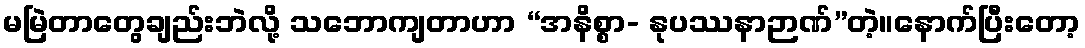
မမြဲတာတွေချည်းဘဲလို့ သဘောကျတာဟာ “အနိစ္စာ- နုပဿနာဉာဏ်”တဲ့။နောက်ပြီးတော့